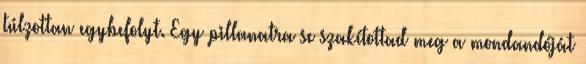
túlzottan egybefolyt. Egy pillanatra se szakítottad meg a mondandóját